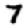
Digit: 7